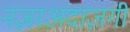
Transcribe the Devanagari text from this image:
नज़रअंदाज़गी